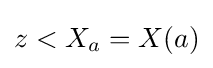
z<X_{a}=X(a)